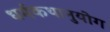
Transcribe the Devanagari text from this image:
धर्मकथानुयोग